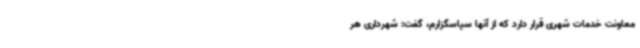
معاونت خدمات شهری قرار دارد که از آنها سپاسگزارم، گفت: شهرداری هر